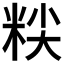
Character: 𰪷